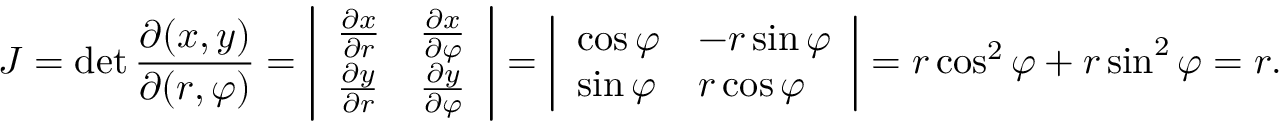
J = \operatorname* { d e t } { \frac { \partial ( x , y ) } { \partial ( r , \varphi ) } } = { \left| \begin{array} { l l } { { \frac { \partial x } { \partial r } } } & { { \frac { \partial x } { \partial \varphi } } } \\ { { \frac { \partial y } { \partial r } } } & { { \frac { \partial y } { \partial \varphi } } } \end{array} \right| } = { \left| \begin{array} { l l } { \cos \varphi } & { - r \sin \varphi } \\ { \sin \varphi } & { r \cos \varphi } \end{array} \right| } = r \cos ^ { 2 } \varphi + r \sin ^ { 2 } \varphi = r .